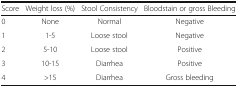
| Score | Weight loss (%) | Stool Consistency | Bloodstain or gross Bleeding |
 | --- | --- | --- | --- |
 | 0 | None | Normal | Negative |
 | 1 | 1-5 | Loose stool | Negative |
 | 2 | 5-10 | Loose stool | Positive |
 | 3 | 10-15 | Diarrhea | Positive |
 | 4 | >15 | Diarrhea | Gross bleeding |